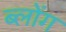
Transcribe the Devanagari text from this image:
ब्लोंग